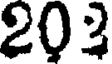
203